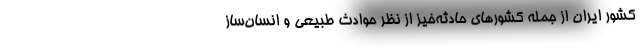
کشور ایران از جمله‌ کشورهای حادثه‌خیز از نظر حوادث طبیعی و انسان‌ساز